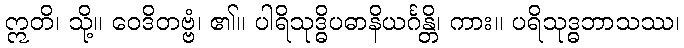
ဣတိ၊ သို့။ ဝေဒိတဗ္ဗံ၊ ၏။ ပါရိသုဒ္ဓိပဓာနိယင်္ဂန္တိ၊ ကား။ ပရိသုဒ္ဓဘာသဿ၊